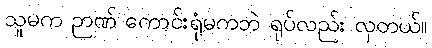
သူမက ဉာဏ် ကောင်းရုံမကဘဲ ရုပ်လည်း လှတယ်။